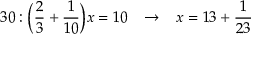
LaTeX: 3 0 : { \bigg ( } { \frac { 2 } { 3 } } + { \frac { 1 } { 1 0 } } { \bigg ) } x = 1 0 \; \; \; \rightarrow \; \; \; x = 1 3 + { \frac { 1 } { 2 3 } }